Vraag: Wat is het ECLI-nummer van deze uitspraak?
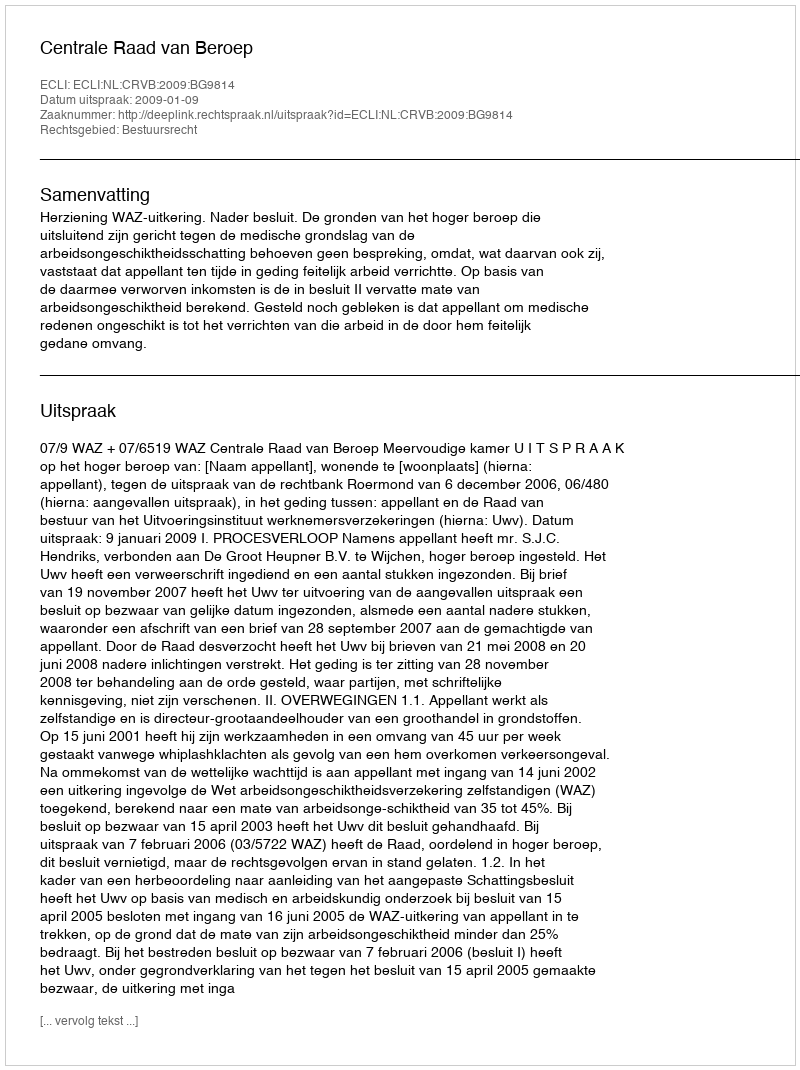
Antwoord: ECLI:NL:CRVB:2009:BG9814